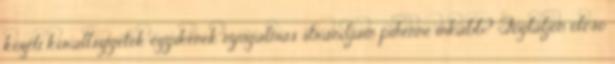
közeli korallszigetek egyikének nyugalmas strandjain pihenne inkább? Foglaljon olcsó